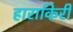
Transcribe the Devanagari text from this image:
हाराकिरी